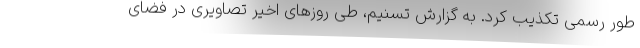
طور رسمی تکذیب کرد. به گزارش تسنیم، طی روزهای اخیر تصاویری در فضای